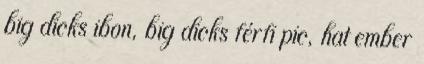
big dicks ibon, big dicks férfi pic, hat ember